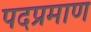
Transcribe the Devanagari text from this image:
पदप्रमाण